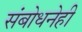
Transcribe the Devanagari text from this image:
संबोधनेही